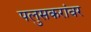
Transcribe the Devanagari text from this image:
पलुसकरांवर